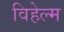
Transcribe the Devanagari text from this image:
विहेल्म